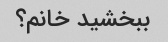
ببخشید خانم؟